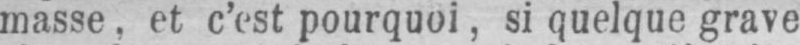
masse, et c’est pourquoi, si quelque grave